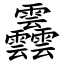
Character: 䨺